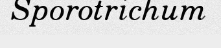
Sporotrichum